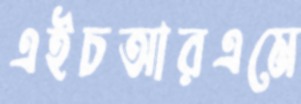
এইচআরএমে